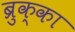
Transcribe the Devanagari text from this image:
ब्रुक्का